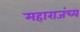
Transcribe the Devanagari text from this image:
महाराजंच्य